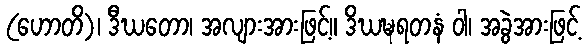
(ဟောတိ)၊ ဒီဃတော၊ အလျားအားဖြင့်။ ဒိဃဍ္ဎရတနံ ဝါ၊ အခွဲအားဖြင့်